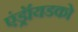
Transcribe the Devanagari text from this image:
एंड्रॉयडको